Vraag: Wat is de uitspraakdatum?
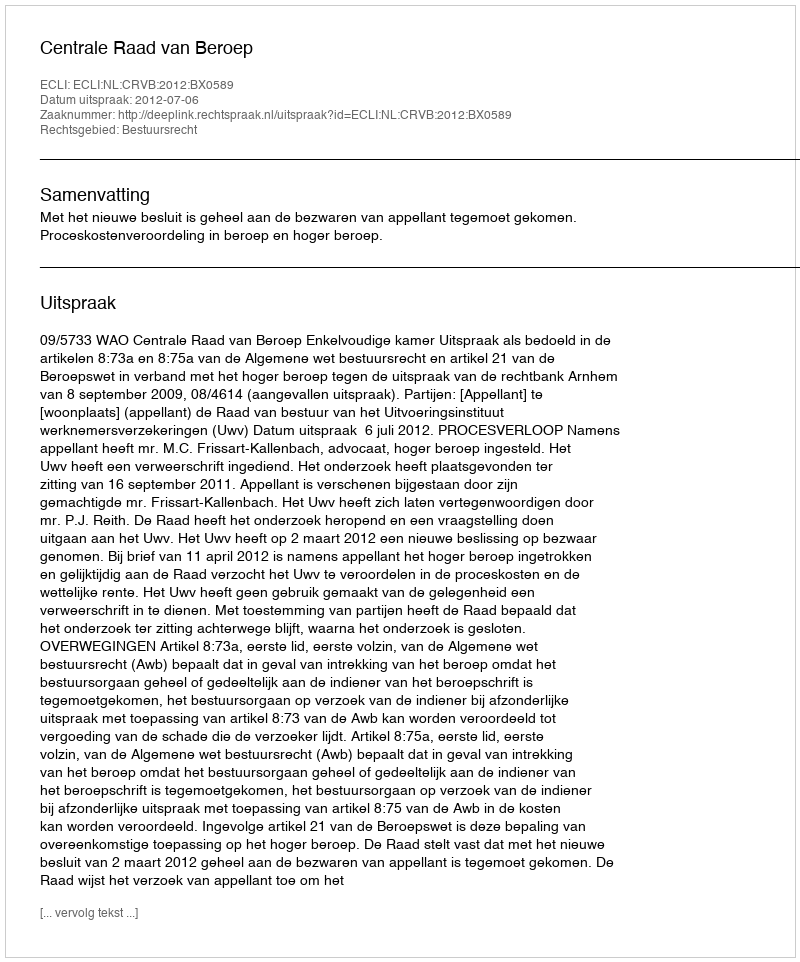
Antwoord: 2012-07-06